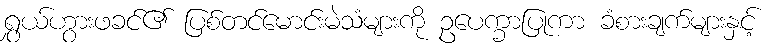
ရွှယ်ဟွားဖခင်၏ ပြစ်တင်မောင်းမဲသံများကို ဥပေက္ခာပြုကာ ခံစားချက်များနှင့်